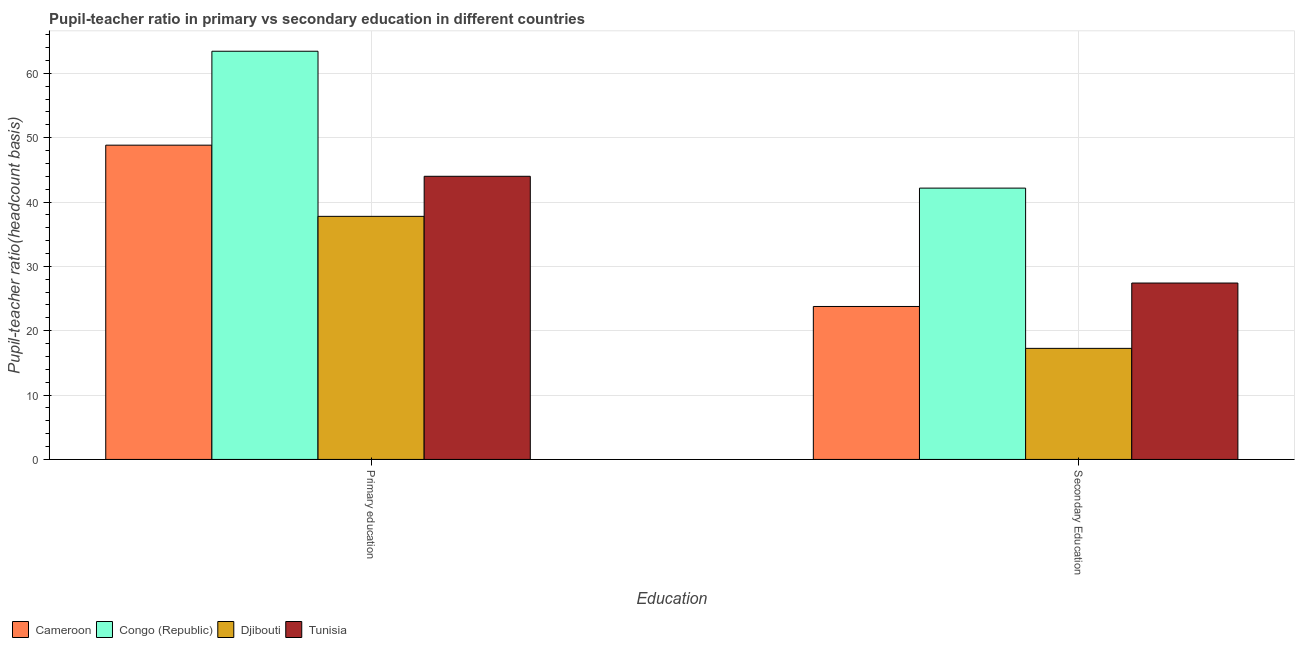
| Education | Cameroon | Congo (Republic) | Djibouti | Tunisia |
 | --- | --- | --- | --- | --- |
 | Primary education | 48.8 | 63.4 | 37.8 | 44 |
 | Secondary Education | 23.8 | 42.2 | 17.3 | 27.4 |